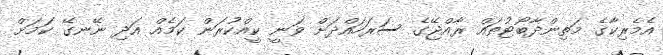
އެމެރިކާގެ މަތިންދާބޯޓުތައް ރާއްޖޭގެ ސަރަހައްދަށް ވަނީ ކީއްކުރަން ކަމެއް އަދި ނޭނގޭ ކަމަށް